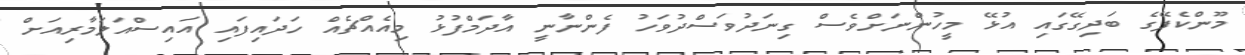
މޫންކެފޭގެ ބަދިގޭގައި އުޅޭ މީހުންނަށްވެސް ގިނަދުވަސްދުވަހު ފެންނާނީ އާދަމްފުޅު މިއެއްޗެއް ހަދައިފައި އައިސްއަލަމާރިއަށް